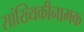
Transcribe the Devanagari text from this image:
सांख्यिकीनामक